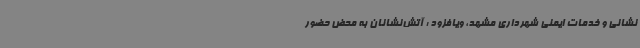
نشانی و خدمات ایمنی شهرداری مشهد، ویافزود : آتش‌نشانان به محض حضور